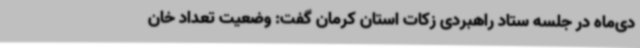
دی‌ماه در جلسه ستاد راهبردی زکات استان کرمان گفت: وضعیت تعداد خان